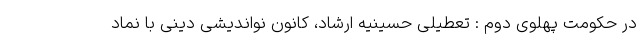
در حکومت پهلوی دوم : تعطیلی حسینیه ارشاد، کانون نواندیشی دینی با نماد